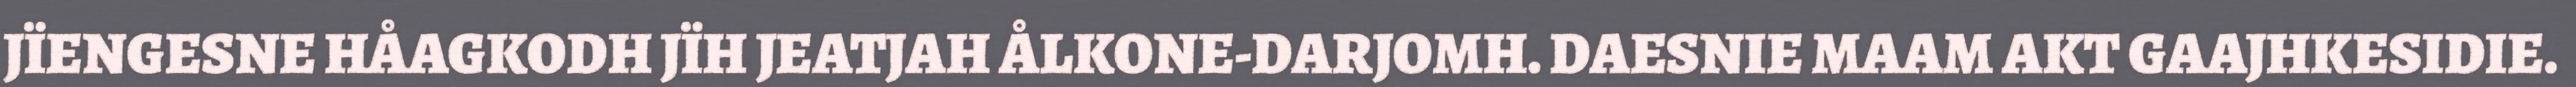
JÏENGESNE HÅAGKODH JÏH JEATJAH ÅLKONE-DARJOMH. DAESNIE MAAM AKT GAAJHKESIDIE.